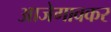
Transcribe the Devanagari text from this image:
आजेगावकर